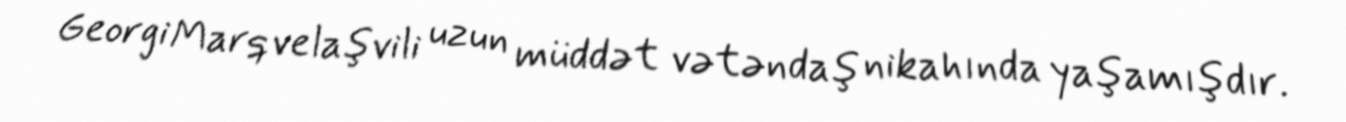
Georgi Marqvelaşvili uzun müddət vətəndaş nikahında yaşamışdır.